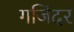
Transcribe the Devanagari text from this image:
गजिंदर